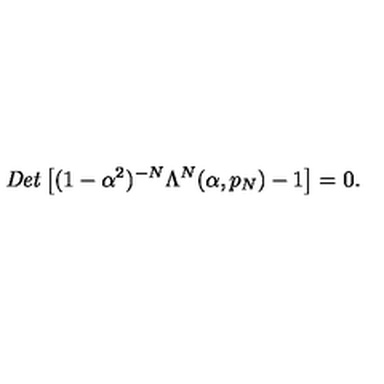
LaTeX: { \it D e t } \left[ ( 1 - \alpha ^ { 2 } ) ^ { - N } \Lambda ^ { N } ( \alpha , p _ { N } ) - 1 \right] = 0 .